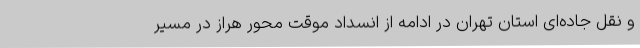
و نقل جاده‌ای استان تهران در ادامه از انسداد موقت محور هراز در مسیر